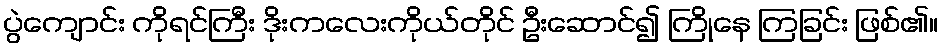
ပွဲကျောင်း ကိုရင်ကြီး ဒိုးကလေးကိုယ်တိုင် ဦးဆောင်၍ ကြိုနေ ကြခြင်း ဖြစ်၏။